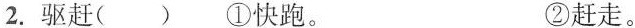
2.驱赶( ) ①快跑。 ②赶走。